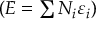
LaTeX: \left( E = \textstyle \sum N _ { i } \varepsilon _ { i } \right)